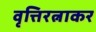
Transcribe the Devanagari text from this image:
वृत्तिरत्नाकर